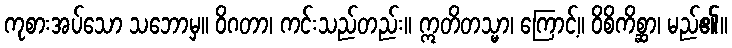
ကုစားအပ်သော သဘောမှ။ ဝိဂတာ၊ ကင်းသည်တည်း။ ဣတိတသ္မာ၊ ကြောင့်။ ဝိစိကိစ္ဆာ၊ မည်၏။